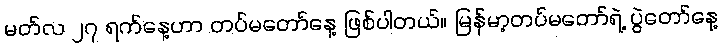
မတ်လ ၂၇ ရက်နေ့ဟာ တပ်မတော်နေ့ ဖြစ်ပါတယ်။ မြန်မာ့တပ်မတော်ရဲ့ ပွဲတော်နေ့